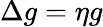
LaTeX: \Delta g=\eta g